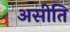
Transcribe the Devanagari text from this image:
असीति